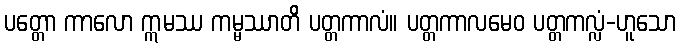
ပတ္တော ကာလော ဣမဿ ကမ္မဿာတိ ပတ္တကာလံ။ ပတ္တကာလမေဝ ပတ္တကလ္လံ-ဟူသော